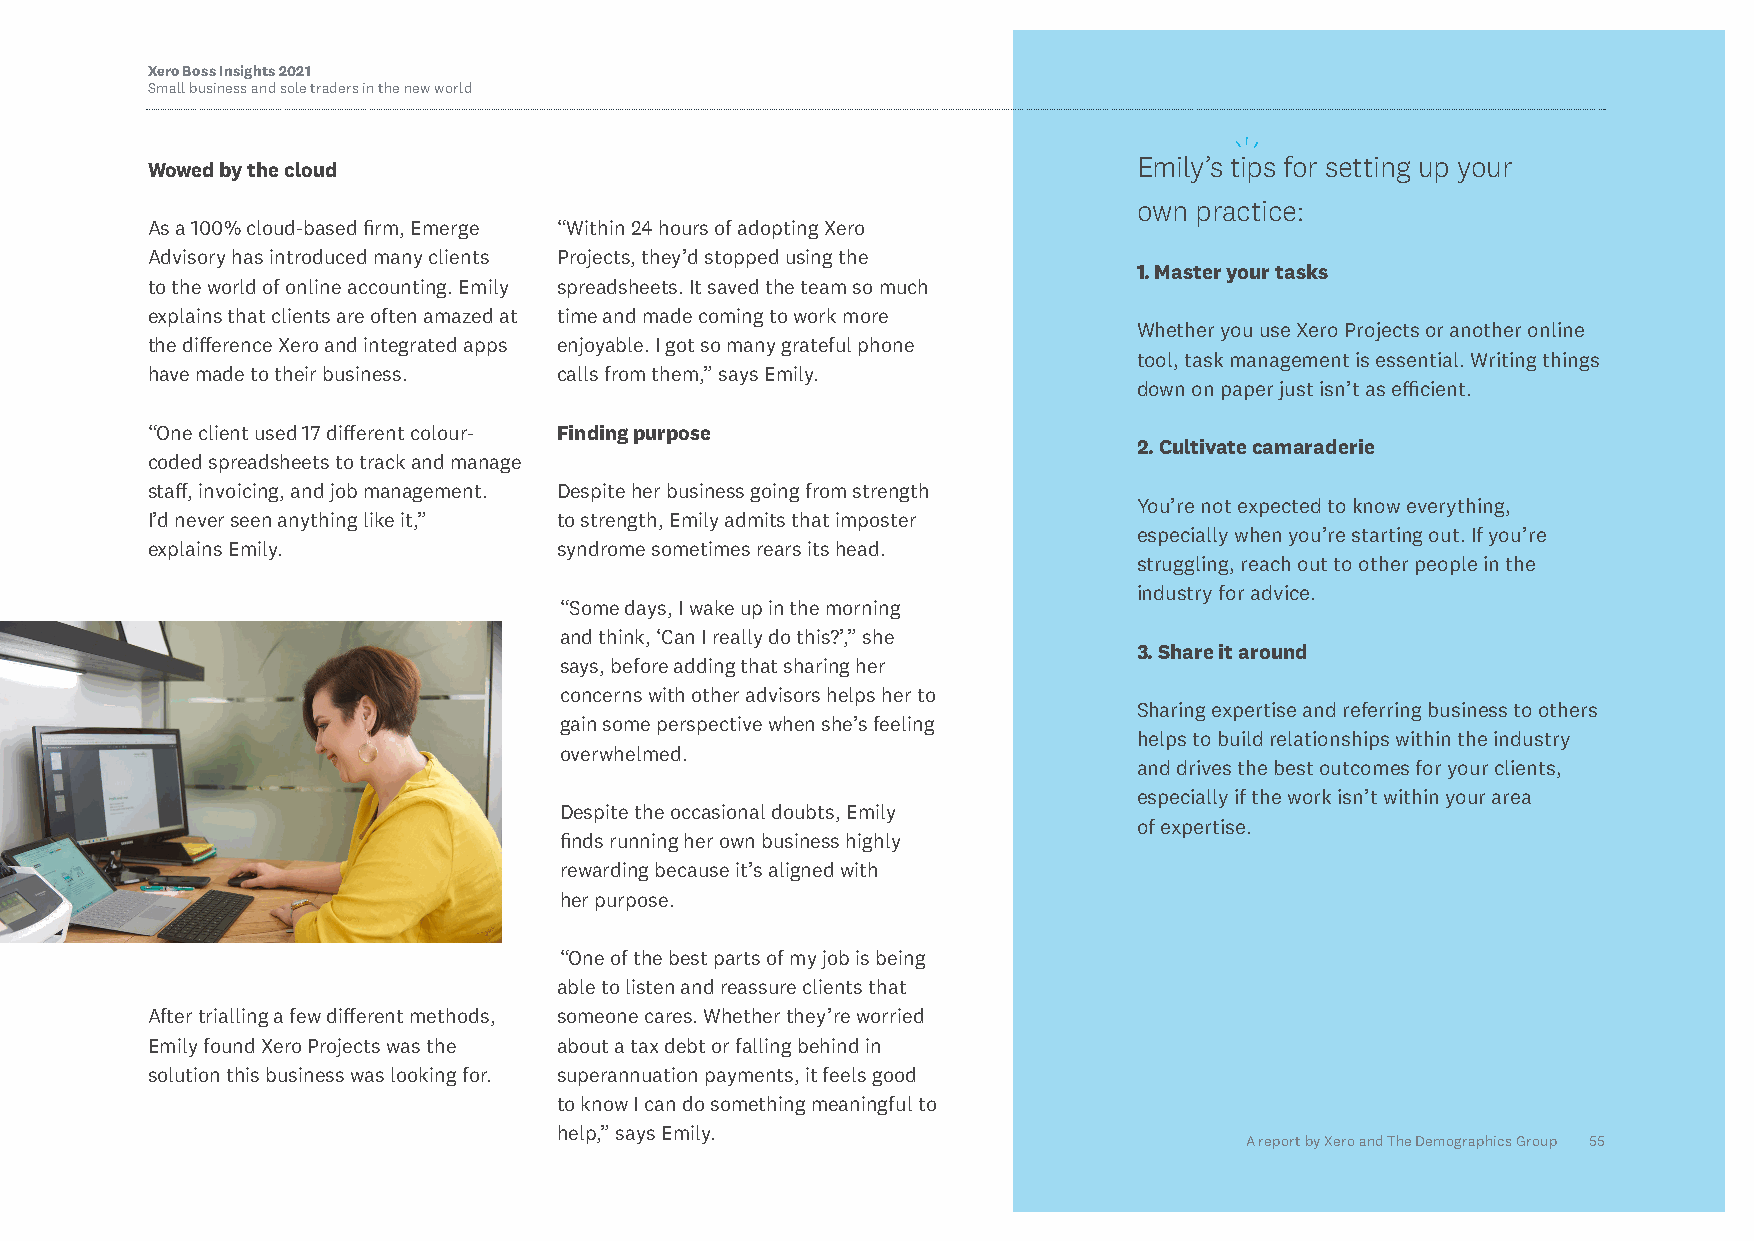
Xero Boss Insights 2021
 Small business and sole traders in the new world
 Emily’s tips for setting up your
 Wowed by the cloud
 own practice:
 As a 100% cloud-based firm, Emerge “Within 24 hours of adopting Xero
 Advisory has introduced many clients Projects, they’d stopped using the
 1. Master your tasks
 to the world of online accounting. Emily spreadsheets. It saved the team so much
 explains that clients are often amazed at time and made coming to work more
 Whether you use Xero Projects or another online
 the difference Xero and integrated apps enjoyable. I got so many grateful phone
 tool, task management is essential. Writing things
 have made to their business. calls from them,” says Emily.
 down on paper just isn’t as efficient.
 “One client used 17 different colour- Finding purpose
 2. Cultivate camaraderie
 coded spreadsheets to track and manage
 staff, invoicing, and job management. Despite her business going from strength
 You’re not expected to know everything,
 I’d never seen anything like it,” to strength, Emily admits that imposter
 especially when you’re starting out. If you’re
 explains Emily.            syndrome sometimes rears its head.
 struggling, reach out to other people in the
 industry for advice.
 “Some days, I wake up in the morning
 and think, ‘Can I really do this?’,” she
 3. Share it around
 says, before adding that sharing her
 concerns with other advisors helps her to
 Sharing expertise and referring business to others
 gain some perspective when she’s feeling
 helps to build relationships within the industry
 overwhelmed.
 and drives the best outcomes for your clients,
 especially if the work isn’t within your area
 Despite the occasional doubts, Emily
 of expertise.
 finds running her own business highly
 rewarding because it’s aligned with
 her purpose.
 “One of the best parts of my job is being
 able to listen and reassure clients that
 After trialling a few different methods, someone cares. Whether they’re worried
 Emily found Xero Projects was the about a tax debt or falling behind in
 solution this business was looking for. superannuation payments, it feels good
 to know I can do something meaningful to
 help,” says Emily.
 A report by Xero and The Demographics Group 55